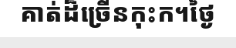
គាត់ដ៏ច្រើនកុះក។ថ្ងៃ